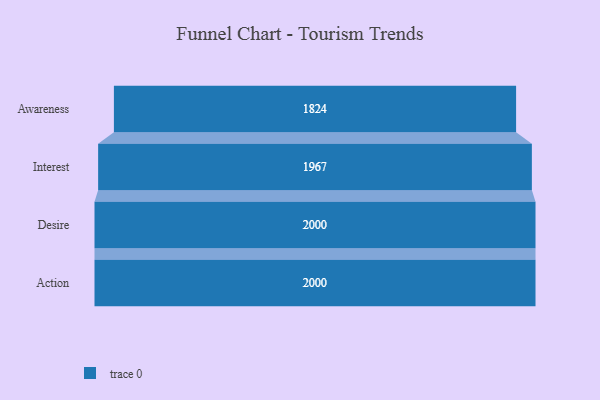
{"axis": {"x": "Stage", "y": "Value"}, "legend": [""], "data": [{"x": "Awareness", "y": 1824.0, "type": ""}, {"x": "Interest", "y": 1967.0, "type": ""}, {"x": "Desire", "y": 2000, "type": ""}, {"x": "Action", "y": 2000, "type": ""}]}